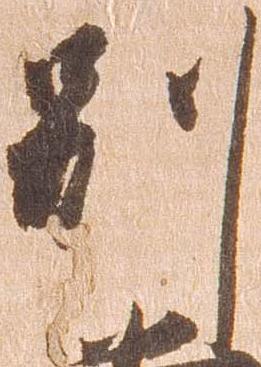
別